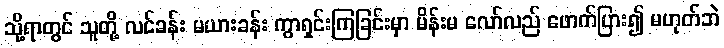
သို့ရာတွင် သူတို့ လင်ခန်း မယားခန်း ကွာရှင်းကြခြင်းမှာ မိန်းမ လော်လည် ဖောက်ပြား၍ မဟုတ်ဘဲ